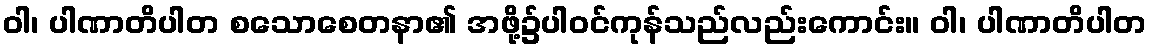
ဝါ၊ ပါဏာတိပါတ စသောစေတနာ၏ အဖို့၌ပါဝင်ကုန်သည်လည်းကောင်း။ ဝါ၊ ပါဏာတိပါတ